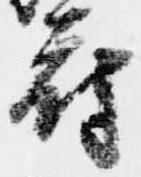
府